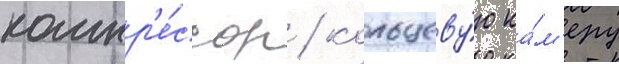
компр'е́ссор / кольцеву́ю ка́м'еру